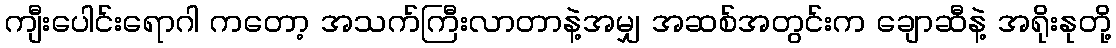
ကျီးပေါင်းရောဂါ ကတော့ အသက်ကြီးလာတာနဲ့အမျှ အဆစ်အတွင်းက ချောဆီနဲ့ အရိုးနုတို့